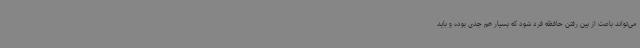
می‌تواند باعث از بین رفتن حافظه فرد شود که بسیار هم جدی بوده و باید